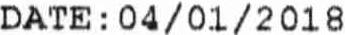
DATE : 04/01/2018